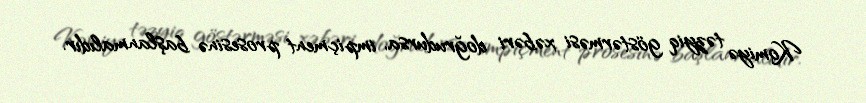
Komiyə təzyiq göstərməsi xəbəri doğrudursa, impiçment prosesinə başlanmalıdır.